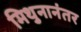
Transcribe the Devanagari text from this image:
मिथुनानंतर